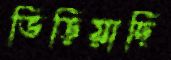
ভিড়িয়াছি